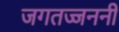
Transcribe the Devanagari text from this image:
जगतज्जननी